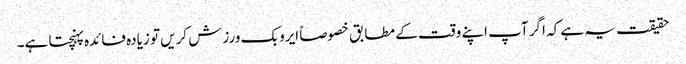
حقیقت یہ ہے کہ اگر آپ اپنے وقت کے مطابق خصوصاً ایروبک ورزش کریں تو زیادہ فائدہ پہنچتا ہے۔